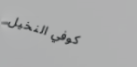
كوفي النخيل